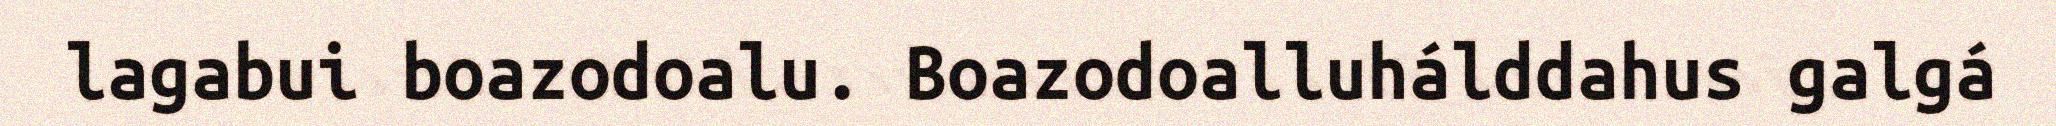
lagabui boazodoalu. Boazodoalluhálddahus galgá